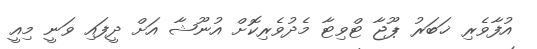
އުފާވެރި ޚަބަރު ޕޫޖާ ޓްވިޓާ މެދުވެރިކޮށް އުނޫޝާ އަށް ދީފައި ވަނީ މިއީ